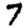
Digit: 7